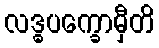
လဒ္ဓပက္ခောမှီတိ